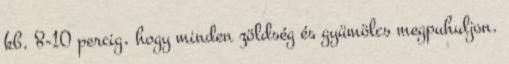
kb. 8-10 percig, hogy minden zöldség és gyümölcs megpuhuljon.